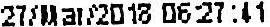
27/MAR/2018 06:27:41